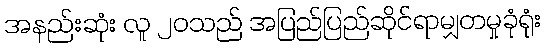
အနည်းဆုံး လူ ၂၀သည် အပြည်ပြည်ဆိုင်ရာမျှတမှုခုံရုံး